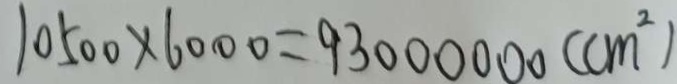
1 0 5 0 0 \times 6 0 0 0 = 9 3 0 0 0 0 0 0 ( c m ^ { 2 } )